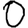
Digit: 0